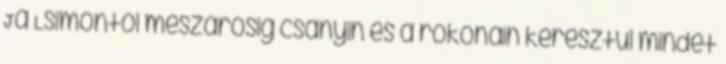
Ja Lsimontól mészárosig csányin és a rokonain keresztül mindet